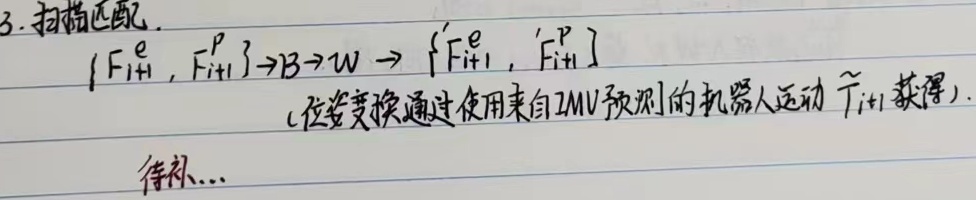
3. 扫描匹配.
\[\{F_{i + 1}^{\mathrm{e}}, F_{i + 1}^{\mathrm{p}}\} \to B \to W \to \{ 'F_{i + 1}^{\mathrm{e}}, 'F_{i + 1}^{\mathrm{p}}\}\]
(位姿变换通过使用来自 $\text{ZMV}$ 预测的机器人运动 $\hat{T}_{i+1}$ 获得).待补...